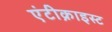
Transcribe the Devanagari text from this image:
एंटीक्राइस्ट